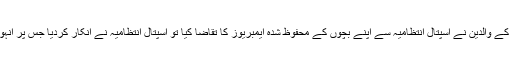
ہلاک ہونے والے جوڑے کے والدین نے اسپتال انتظامیہ سے اپنے بچوں کے محفوظ شدہ ایمبریوز کا تقاضا کیا تو اسپتال انتظامیہ نے انکار کردیا جس پر انہوں قانونی چارہ جوئی کی۔